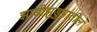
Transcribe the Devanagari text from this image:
झाडीझुडुपातील